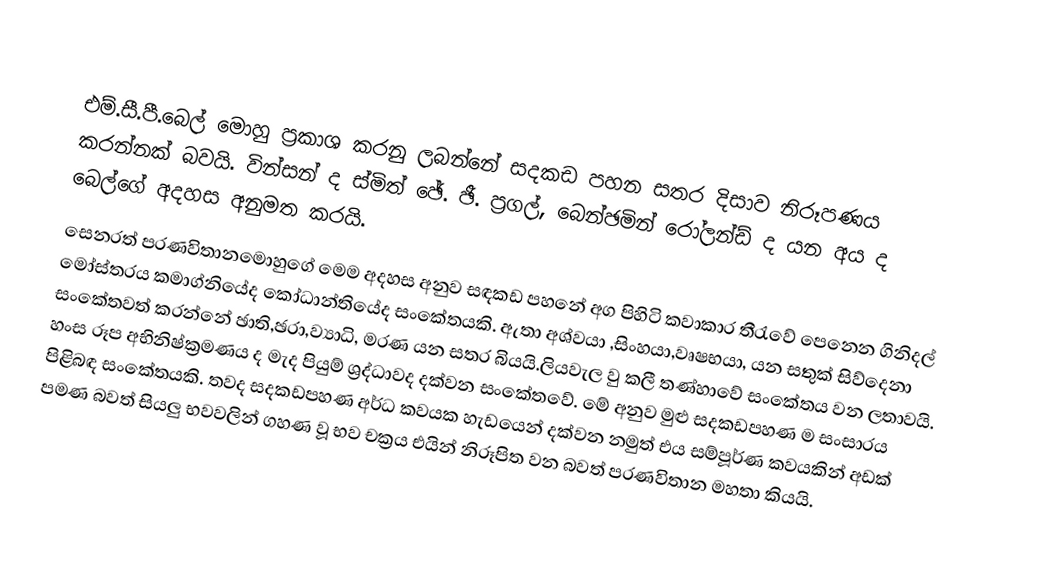
‍
 එම්.සී.පී.බෙල් මොහු ප්‍රකාශ කරනු ලබන්නේ සදකඩ පහන සතර දිසාව නිරූපණය කරන්නක් බවයි. වින්සන් ද ස්මිත් ඡේ. ඡී. ප්‍රගල්, බෙන්ඡමින් රෝලන්ඩ් ද යන අය ද බෙල්ගේ අදහස අනුමත කරයි.
 සෙනරත් පරණවිතානමොහු‍ගේ මෙම අදහස අනුව සඳකඩ පහනේ අග පිහිටි කවාකාර තීරැවේ පෙනෙන ගිනිදල් මෝස්තරය කමාග්නියේද කෝධාන්තියේද සංකේතයකි. ඇතා අශ්වයා ,සිංහයා,වෘෂභයා, යන සතුක් සිව්දෙනා සංකේතවත් කරන්නේ ඡාති,ඡරා,ව්‍යාධි, මරණ යන සතර බියයි.ලියවැල වු කලී තණ්හාවේ සංකේතය වන ලතාවයි. හංස රූප අභිනිෂ්ක්‍රමණය ද මැද පියුම් ශ්‍රද්ධාවද දක්වන සංකේතවේ. මේ අනුව මුළු සදකඩපහණ ම සංසාරය පිළිබඳ සංකේතයකි. තවද සදකඩපහණ  අර්ධ කවයක හැඩයෙන් දක්වන නමුත් එය සම්පූර්ණ කවයකින් අඩක් පමණ බවත් සියලු භවවලින් ගහණ වූ භව චක්‍රය එයින් නිරූපිත වන බවත් පරණවිතාන මහතා කියයි.